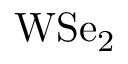
\mathrm { W S e _ { 2 } }